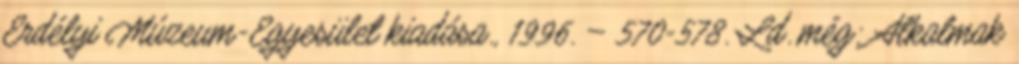
Erdélyi Múzeum-Egyesület kiadása., 1996. – 570-578. Ld. még: Alkalmak